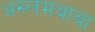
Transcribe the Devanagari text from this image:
अस्लमबाबा